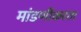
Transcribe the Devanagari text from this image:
मांडणीकरता